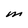
Character: M